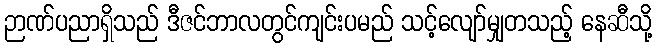
ဉာဏ်ပညာရှိသည် ဒီဇင်ဘာလတွင်ကျင်းပမည် သင့်လျော်မျှတသည့် နေဆီသို့